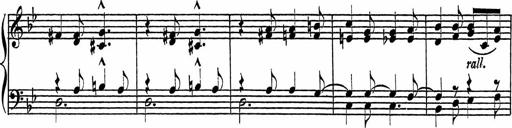
Title: Piano Sonatinas
Composer: Charles Fradel